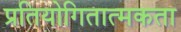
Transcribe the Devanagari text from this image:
प्रतियोगितात्मकता